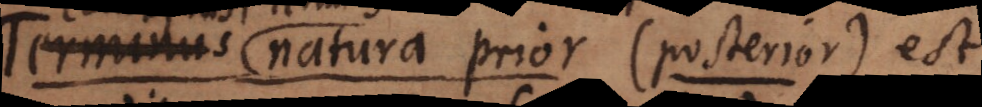
aequivalens natura prior (posterior). Hoc